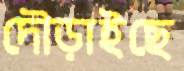
দৌড়াইছে